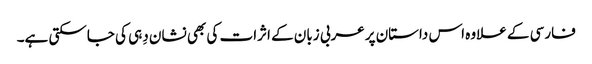
فارسی کے علاوہ اس داستان پرعربی زبان کے اثرات کی بھی نشان دِہی کی جاسکتی ہے۔